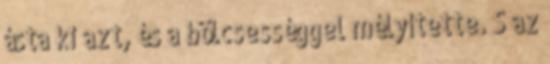
ásta ki azt, és a bölcsességgel mélyítette. S az